Reports on military cantonments and civil stations in the Presidency of Bombay inspected by the Sanitary Commissioner in the years 1875 and 1876
Year: 1875
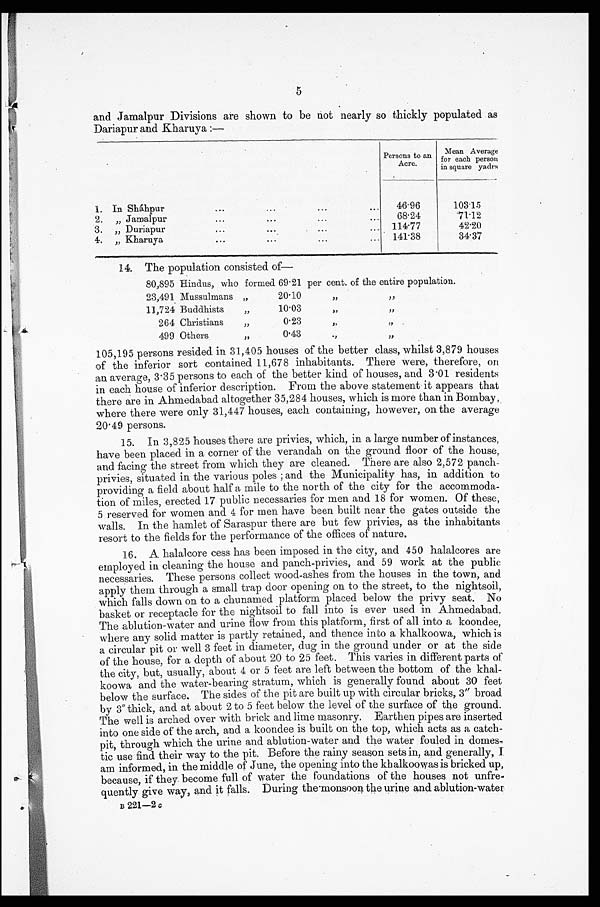
5
and Jamalpur Divisions are shown to be not nearly so thickly populated as
Dariapur and Kharuya
Persons to an
Acre.
Mean Average
for each person
in square
y a d r s
1. In Sháhpur
...
...
...
...
46 . 96
103.15
2.
„ Jamalpur
...
...
...
...
68 . 24
.71.12
3. „ Duriapur
...
...
11477
42.20
4. „ Kharuya,
..•
....
...
...
141 . 38
34.37
14. The population consisted of-
80,895 Hindus, who formed 69 . 21 per cent. of the entire population.
23,491 Mussulmans „
2010
,,
11,724 Buddhists ,, 10.03
,,
,,
264 Christians
,,
0.23
,,
499 Others
0'43
105,195 persons resided in 31,405 houses of the better class, whilst 3,879 houses
of the inferior sort contained 11,678 inhabitants. There were, therefore, on
an average, 3.35 persons to each of the better kind of houses, and 3.01 residents
in each house of inferior description. From the above statement it appears that
there are in Ahmedabad altogether 35,284 houses, which is more than in Bombay,
where there were only 31,447 houses, each containing, however, on the average
20.49 persons.
15. In 3,825 houses there are privies, which, in a large number of instances,
have been placed in a corner of the verandah on the ground floor of the house,
and facing the street from which they are cleaned. There are also 2,572 panch-
privies, situated in the various poles ; and the Municipality has, in addition to
providing a field about half a mile to the north of the city for the accommoda-
tion of miles, erected 17 public necessaries for men and 18 for women. Of these,
5 reserved for women and 4 for men have been built near the gates outside the
walls. In the hamlet of Saraspur there are but few privies, as the inhabitants
resort to the fields for the performance of the offices of nature.
16. A halalcore cess has been imposed in the city, and 450 halalcores are
employed in cleaning the house and panch-privies, and 59 work at the public
necessaries. These persons collect wood-ashes from the houses in the town, and.
apply them through a small trap door opening on to the street, to the nightsoil,
which falls down on to a chunamed platform placed below the privy seat. No
basket or receptacle for the nightsoil to fall into is ever used in Ahmedabad.
The ablution-water and urine flow from this platform, first of all into a koondee,
where any solid matter is partly retained, and thence into a khalkoowa, which is
a circular pit or well 3 feet in diameter, dug in the ground under or at the side
of the house, for a depth of about 20 to 25 feet. This varies in different parts of
the city, but, usually, about 4 or 5 feet are left between the bottom of the
k h a l - k o o w a a n d t h e w a t e r - b e a r i n g s t r a t u m , w h i c h i s g e n e r a l l y f o u n d a b o u t3
0 f e e t
below the surface. The sides of the pit are built up with circular bricks, 3 " broad
by 3" thick, and at about 2 to 5 feet below the level of the surface of the ground.
The well is arched over with brick and lime masonry. Earthen pipes are inserted
into one side of the arch, and a koondee is built on the top, which acts as a catch-
pit, through which the urine and ablution-water and the water fouled in domes-
tic use find their way to the pit. Before the rainy season sets in, and generally, I
am informed, in the middle of June, the opening into the khalkoowas is bricked up,
because, if they become full of water the foundations of the houses not unfre-
quently give way, and it falls. During the monsoon the urine and ablution-water
B 221-2 c